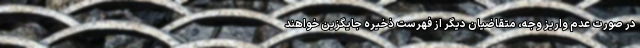
در صورت عدم واریز وجه، متقاضیان دیگر از فهرست ذخیره جایگزین خواهند